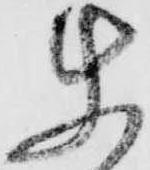
使